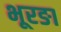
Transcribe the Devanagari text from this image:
भूरङा